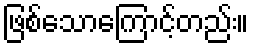
ဖြစ်သောကြောင့်တည်း။